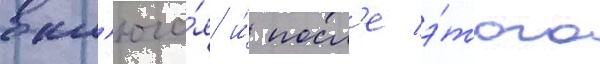
вкл'юча́я и́ посл'е э́того